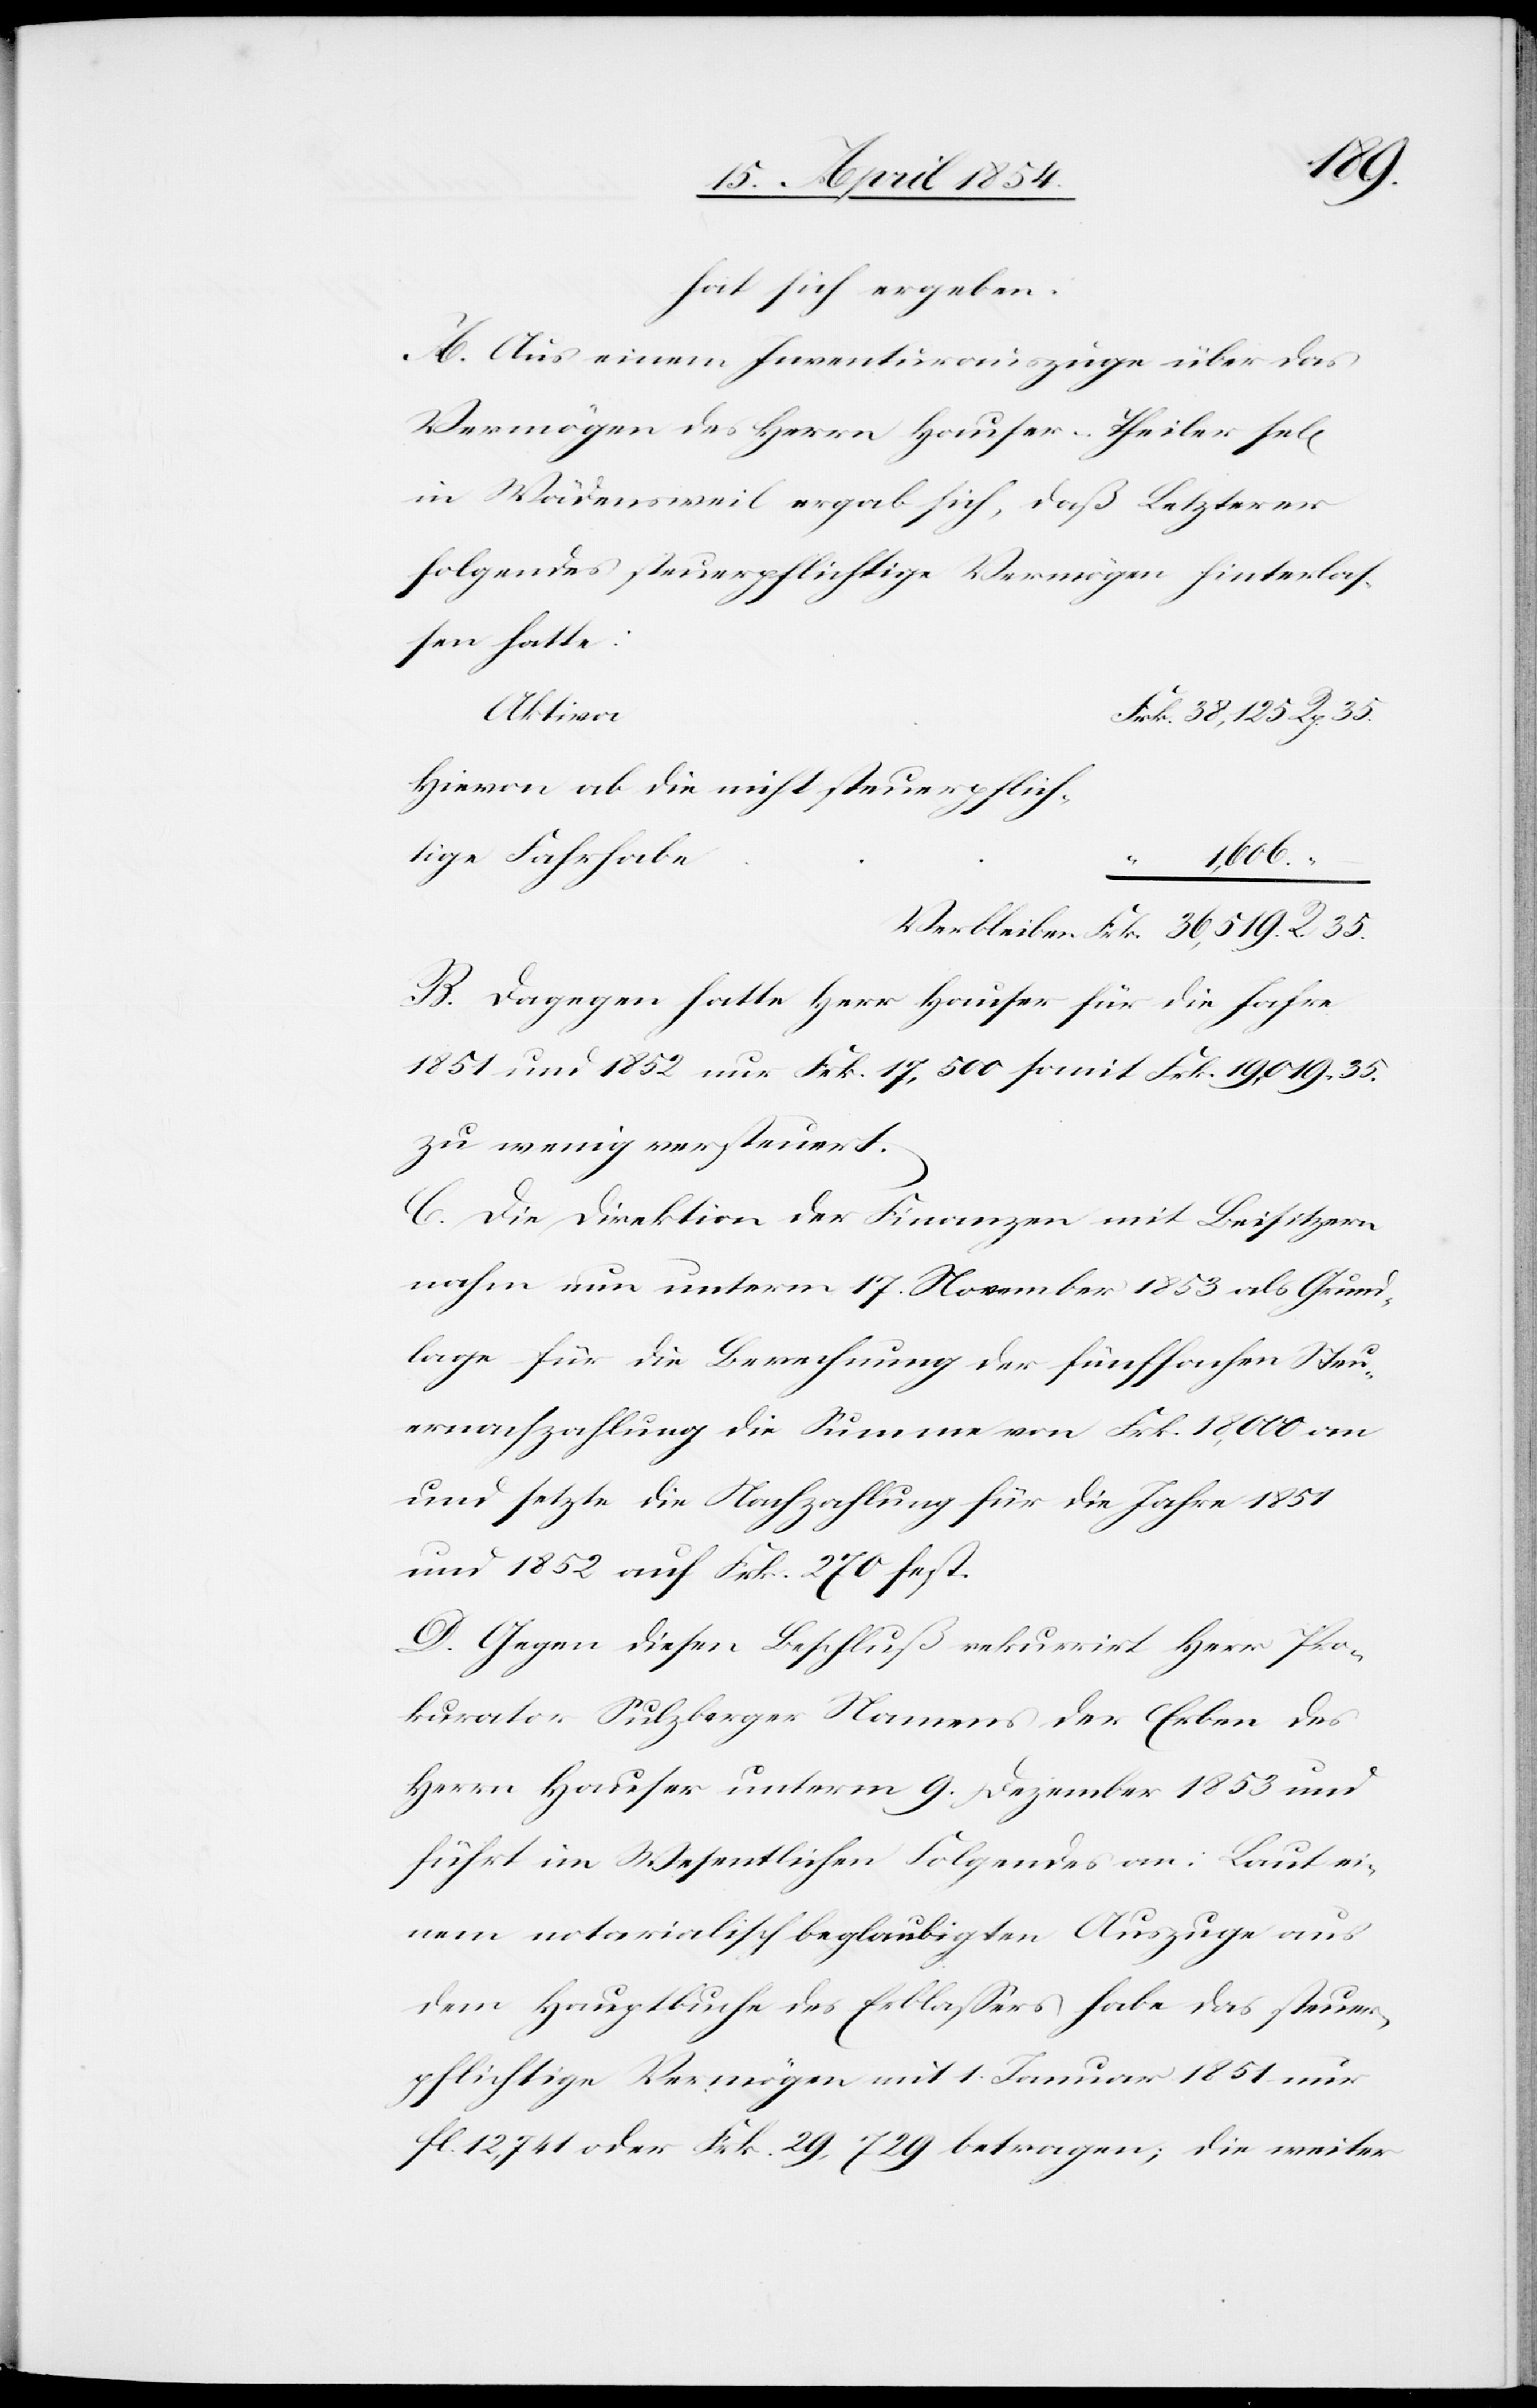
hat sich ergeben:
A. Aus einem Inventurauszuge über das
Vermögen des Herrn Hauser-Theiler sel[i¬
in Wädensweil ergab sich, daß Letzterer
folgendes steuerpflichtiges Vermögen hinterlaß¬
en hatte:
Aktiva
Hievon ab die nicht steuerpflich¬
tige Fahrhabe
1,606
ei¬
B. Dagegen hatte Herr Hauser für die Jahre
1851 und 1852 nur Frk. 17,500 somit Frk. 19,019.35.
zu wenig versteuert.
C. Die Direktion der Finanzen mit Beisitzern
nahm nun unterm 17. November 1853 als Grund¬
lage für die Berechnung der fünffachen Steu¬
ernachzahlung die Summe von Frk. 18,000 an
und setzte die Nachzahlung für die Jahre 1851
und 1852 auf Frk. 270 fest.
D. Gegen diesen Beschluß rekurrirt Herr Pro¬
kurator Sulzberger Namens der Erben des
Herrn Hauser unterm 9. Dezember 1853 und
nem notarialisch beglaubigten Auszuge aus
dem Hauptbuche des Erblaßers habe das steuer¬
pflichtige Vermögen mit 1. Januar 1851 nur
fl. 12,741 oder Frk.29,720 betragen; die weiter